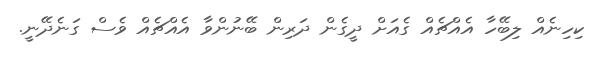
ކިހިނެއް ލިބޭހާ އެއްޗެއް ގެއަށް ދީގެން ދަރިން ބޭނުންވާ އެއްޗެއް ވެސް ގަނެދޭނީ.